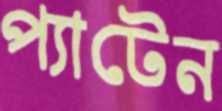
প্যাটেন